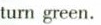
turn green.